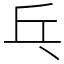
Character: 乓